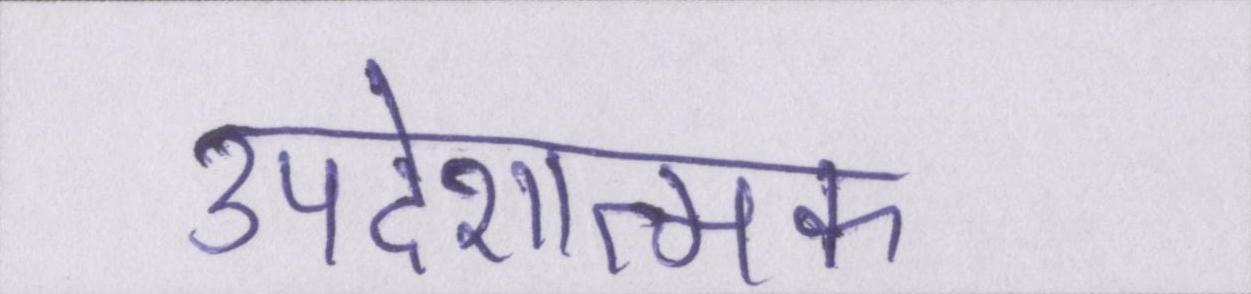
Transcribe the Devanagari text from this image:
उपदेशात्मक